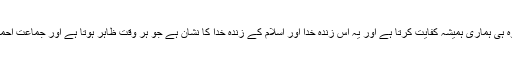
اصل میں تو اللہ تعالیٰ کا ہاتھ ہے جو ہمارے ساتھ ہے اور ہر کام اور ہر کوشش میں وہ ہی ہماری ہمیشہ کفایت کرتا ہے اور یہ اس زندہ خدا اور اسلام کے زندہ خدا کا نشان ہے جو ہر وقت ظاہر ہوتا ہے اور جماعت احمدیہ کا ہر فرد اس کو محسوس کرتا ہے بلکہ پوری دنیابھی اس کو محسوس کرتی ہے۔